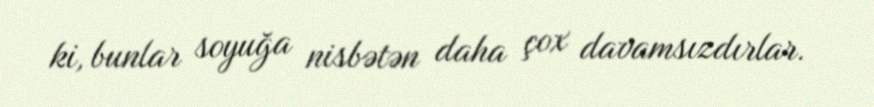
ki, bunlar soyuğa nisbətən daha çox davamsızdırlar.